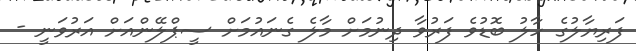
ފަރިޔާލުގެ ހާލު ބޮޑުވެ ފަރުވާ ދިނުމަށް މާލެ ގެނައުމަށް ސީޕްލޭންއަށް އަރުވަނީ -